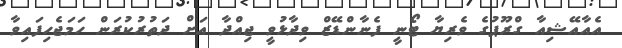
އެއާއޭޝިއާ ގްރޫޕުގެ ވެރިޔާ ޓޯނީ ފެނާންޑޭޒް ވިދާޅުވީ ޖިއްދާ އަށް ދަތުރުކުރަން ހަމަޖެހިފައިވާ